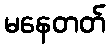
မနေတတ်